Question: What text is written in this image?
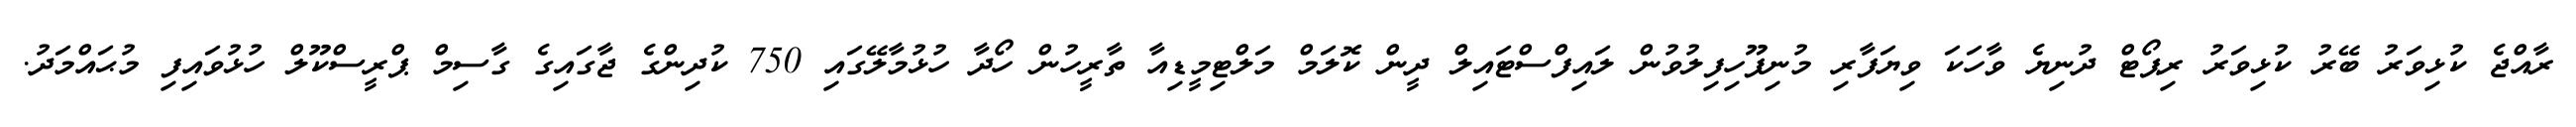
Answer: ރާއްޖެ ކުޅިވަރު ބޭރު ކުޅިވަރު ރިޕޯޓް ދުނިޔެ ވާހަކަ ވިޔަފާރި މުނިފޫހިފިލުވުން ލައިފްސްޓައިލް ދީން ކޮލަމް މަލްޓިމީޑިއާ ތާރީހުން ހޯދާ ހުޅުމާލޭގައި 750 ކުދިންގެ ޖާގައިގެ ގާސިމް ޕްރީސްކޫލް ހުޅުވައިފި މުޙައްމަދު.